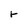
Character: r